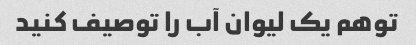
توهم یک لیوان آب را توصیف کنید